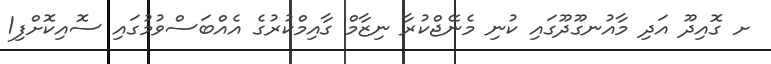
ށ ގޮއިދޫ އަދި މާއުނގޫދޫގައި ކުނި މެނޭޖްކުރާ ނިޒާމް ގާއިމްކުރުގެ އެއްބަސްވުމުގައި ސޮއިކޮށްފި1